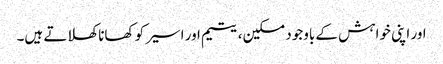
اور اپنی خواہش کے باوجود مسکین، یتیم اور اسیر کو کھانا کھلاتے ہیں۔